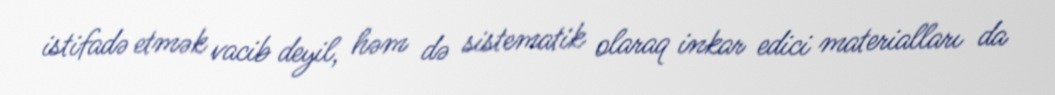
istifadə etmək vacib deyil, həm də sistematik olaraq inkar edici materialları da